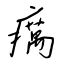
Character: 癘